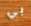
بي